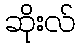
ဆိုးလ်